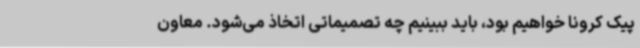
پیک کرونا خواهیم بود، باید ببینیم چه تصمیماتی اتخاذ می‌شود. معاون